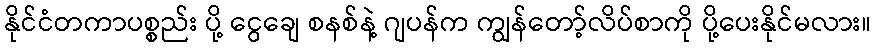
နိုင်ငံတကာပစ္စည်း ပို့ ငွေချေ စနစ်နဲ့ ဂျပန်က ကျွန်တော့်လိပ်စာကို ပို့ပေးနိုင်မလား။